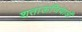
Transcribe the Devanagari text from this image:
शताऊजियाओं